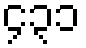
၄၃၁